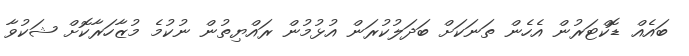
ބައެއް ޑޮކްޓަރުން އެހެން ތަނަކަށް ބަދަލުކުރަން އުޅުމުން ރައްޔިތުން ނުކުމެ މުޒާހަރާކޮށް ޝަކުވާ